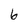
Character: 6